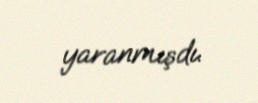
yaranmışdı.